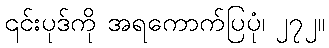
၎င်းပုဒ်ကို အရကောက်ပြပုံ၊ ၂၇၂။